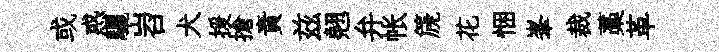
或惑驪岧犬援搶責兹翹弁帐篪花悃峯裁藁革